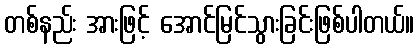
တစ်နည်း အားဖြင့် အောင်မြင်သွားခြင်းဖြစ်ပါတယ်။